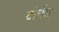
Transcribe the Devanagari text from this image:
टोर्नेस